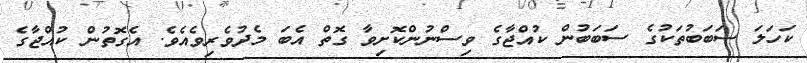
ކަހަލަ ސަބަބުތަކުގެ ސަބަބުން ކުއްޖާގެ ވިސްނުންކޮށިވާ ގޮތް އެބަ މެދުވެރިވެއެވެ. އެގޮތުން ކުއްޖާގެ